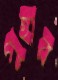
গুহার